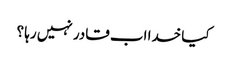
کیا خدا اب قادر نہیں رہا ؟